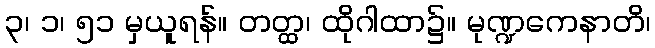
၃၊ ၁၊ ၅၁ မှယူရန်။ တတ္ထ၊ ထိုဂါထာ၌။ မုဏ္ဍကေနာတိ၊